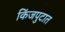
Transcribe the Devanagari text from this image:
किंजपुटात